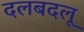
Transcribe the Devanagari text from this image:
दलबदलू